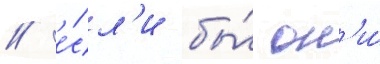
/ е́сл'и бы́ он'и́